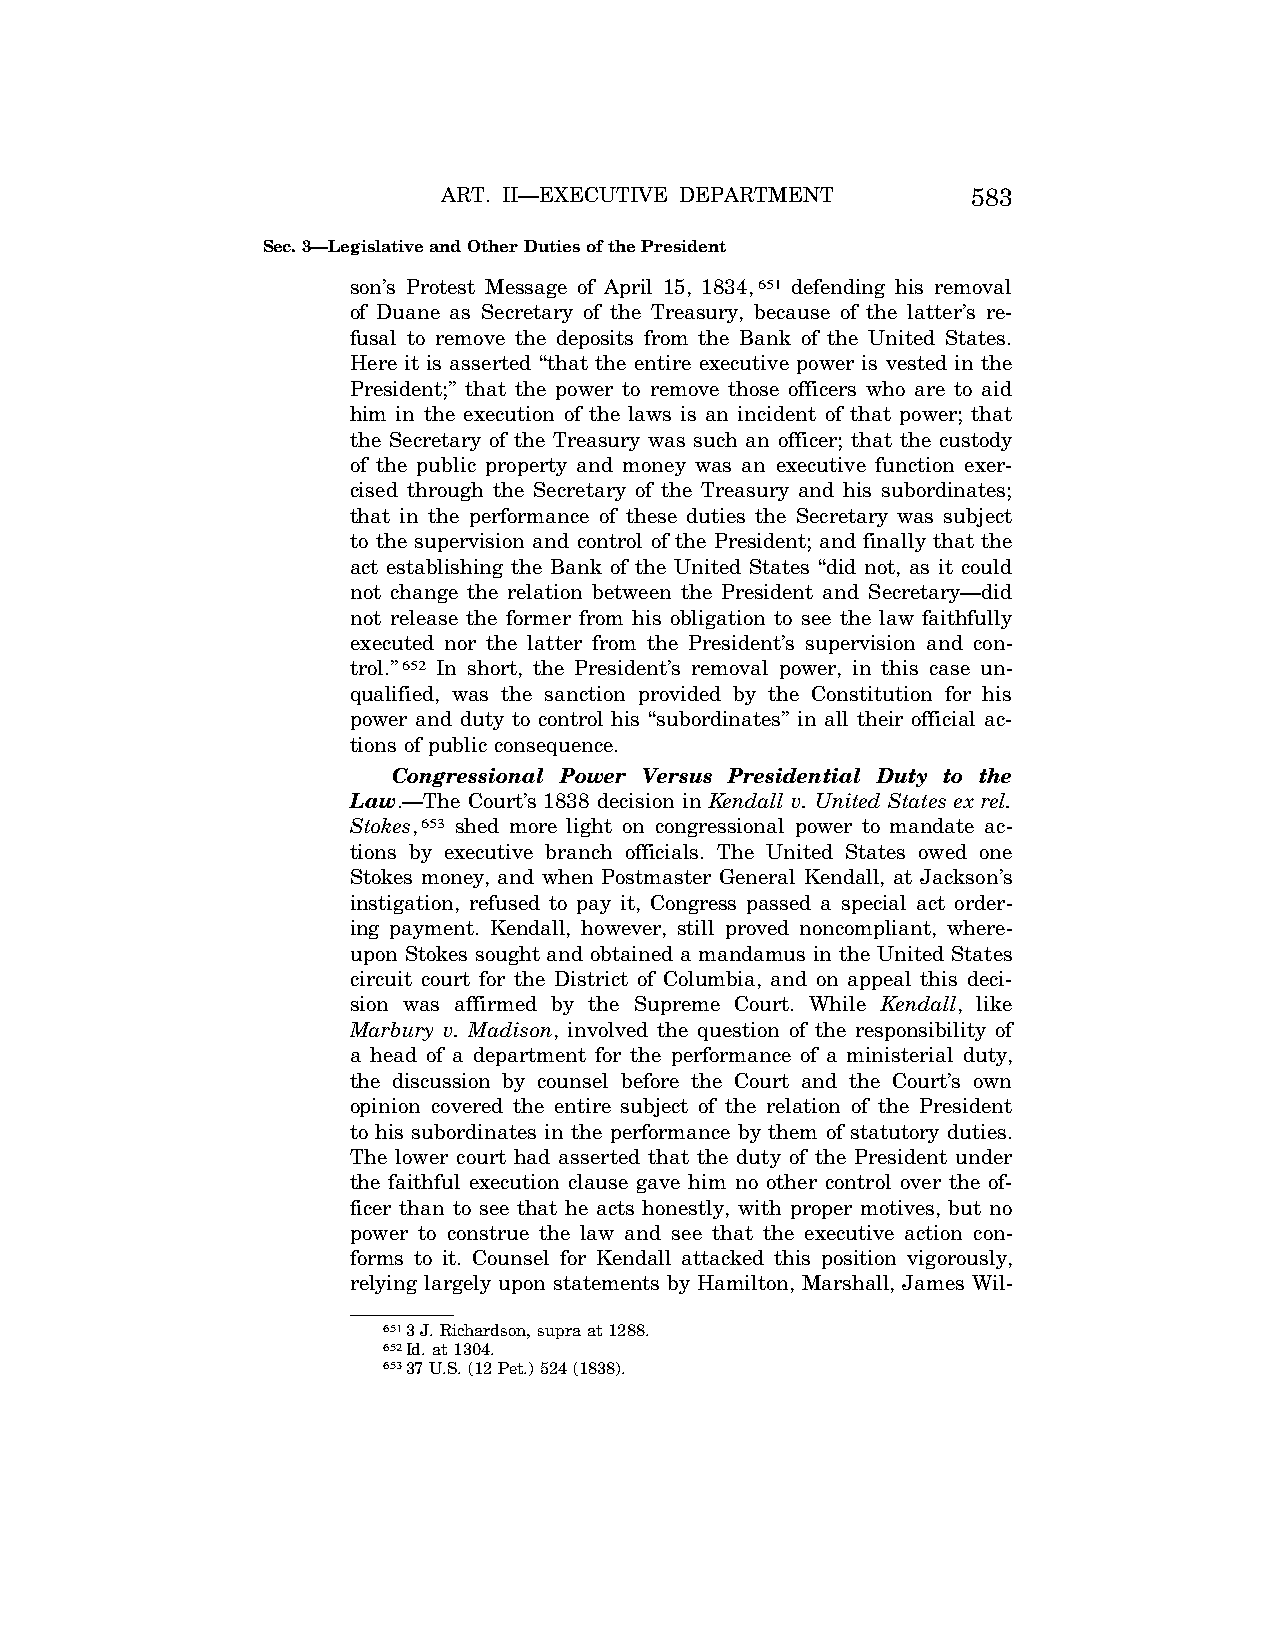
ART. II—EXECUTIVE DEPARTMENT       583
 Sec. 3—Legislative and Other Duties of the President
 son’s Protest Message of April 15, 1834,651 defending his removal
 of Duane as Secretary of the Treasury, because of the latter’s re-
 fusal to remove the deposits from the Bank of the United States.
 Here it is asserted ‘‘that the entire executive power is vested in the
 President;’’ that the power to remove those officers who are to aid
 him in the execution of the laws is an incident of that power; that
 the Secretary of the Treasury was such an officer; that the custody
 of the public property and money was an executive function exer-
 cised through the Secretary of the Treasury and his subordinates;
 that in the performance of these duties the Secretary was subject
 to the supervision and control of the President; and finally that the
 act establishing the Bank of the United States ‘‘did not, as it could
 not change the relation between the President and Secretary—did
 not release the former from his obligation to see the law faithfully
 executed nor the latter from the President’s supervision and con-
 trol.’’652 In short, the President’s removal power, in this case un-
 qualified, was the sanction provided by the Constitution for his
 power and duty to control his ‘‘subordinates’’ in all their official ac-
 tions of public consequence.
 Congressional Power Versus Presidential Duty to the
 Law.—The Court’s 1838 decision in Kendall v. United States ex rel.
 Stokes,653 shed more light on congressional power to mandate ac-
 tions by executive branch officials. The United States owed one
 Stokes money, and when Postmaster General Kendall, at Jackson’s
 instigation, refused to pay it, Congress passed a special act order-
 ing payment. Kendall, however, still proved noncompliant, where-
 upon Stokes sought and obtained a mandamus in the United States
 circuit court for the District of Columbia, and on appeal this deci-
 sion was affirmed by the Supreme Court. While Kendall, like
 Marbury v. Madison, involved the question of the responsibility of
 a head of a department for the performance of a ministerial duty,
 the discussion by counsel before the Court and the Court’s own
 opinion covered the entire subject of the relation of the President
 to his subordinates in the performance by them of statutory duties.
 The lower court had asserted that the duty of the President under
 the faithful execution clause gave him no other control over the of-
 ficer than to see that he acts honestly, with proper motives, but no
 power to construe the law and see that the executive action con-
 forms to it. Counsel for Kendall attacked this position vigorously,
 relying largely upon statements by Hamilton, Marshall, James Wil-
 6513 J. Richardson, supra at 1288.
 652Id. at 1304.
 65337 U.S. (12 Pet.) 524 (1838).
 VerDate Aug<04>2004 13:21 Oct 06, 2004 Jkt 077500 PO 00000 Frm 00151 Fmt 8222 Sfmt 8222 C:\CONAN\CON011.SGM PRFM99 PsN: CON011